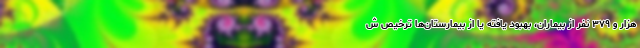
هزار و ۳۷۹ نفر از بیماران، بهبود یافته یا از بیمارستان‌ها ترخیص ش